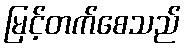
မြင့်တက်စေသည်